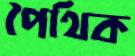
পৈথিক